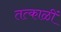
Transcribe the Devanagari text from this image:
तत्काळीं